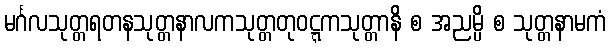
မင်္ဂလသုတ္တရတနသုတ္တနာလကသုတ္တတုဝဋ္ဋကသုတ္တာနိ စ အညမ္ပိ စ သုတ္တနာမကံ